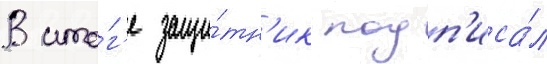
В ито́г'е защи́тн'ик подп'иса́л